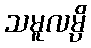
သမူလမ္ပိ